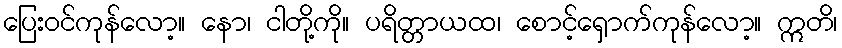
ပြေးဝင်ကုန်လော့။ နော၊ ငါတို့ကို။ ပရိတ္တာယထ၊ စောင့်ရှောက်ကုန်လော့။ ဣတိ၊